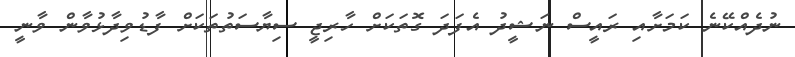
ނުދެއްކޭނެ ކަމަށާއި ރައީސް ނަޝީދު އެފަދަ ގޮތަކަށް ހާރިޖީ ސިޔާސަތުތަކަށް ފާޑުވިދާޅުވާން ވާނީ